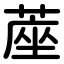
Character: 蓙